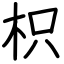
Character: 枳